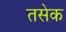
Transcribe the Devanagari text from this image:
तसेक